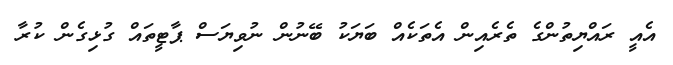
އެއީ ރައްޔިތުންގެ ތެރެއިން އެތަކެއް ބަޔަކު ބޭނުން ނުވިޔަސް ޕާޓީތައް ގުޅިގެން ކުރާ